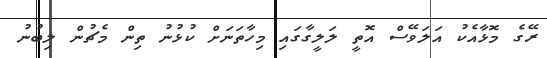
ރޭގެ މޮޅާއެކު އަލަވޭސް އޮތީ ލަލީގާގައި މިހާތަނަށް ކުޅުނު ތިން މެޗުން ލިބުނު